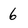
Character: 6